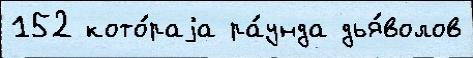
152 кото́раjа ра́унда дья́волов